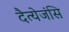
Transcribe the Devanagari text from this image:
दैत्येजंसि